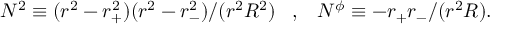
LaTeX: N ^ { 2 } \equiv ( r ^ { 2 } - r _ { + } ^ { 2 } ) ( r ^ { 2 } - r _ { - } ^ { 2 } ) / ( r ^ { 2 } R ^ { 2 } ) \; \; \; , \; \; \; N ^ { \phi } \equiv - r _ { + } r _ { - } / ( r ^ { 2 } R ) .